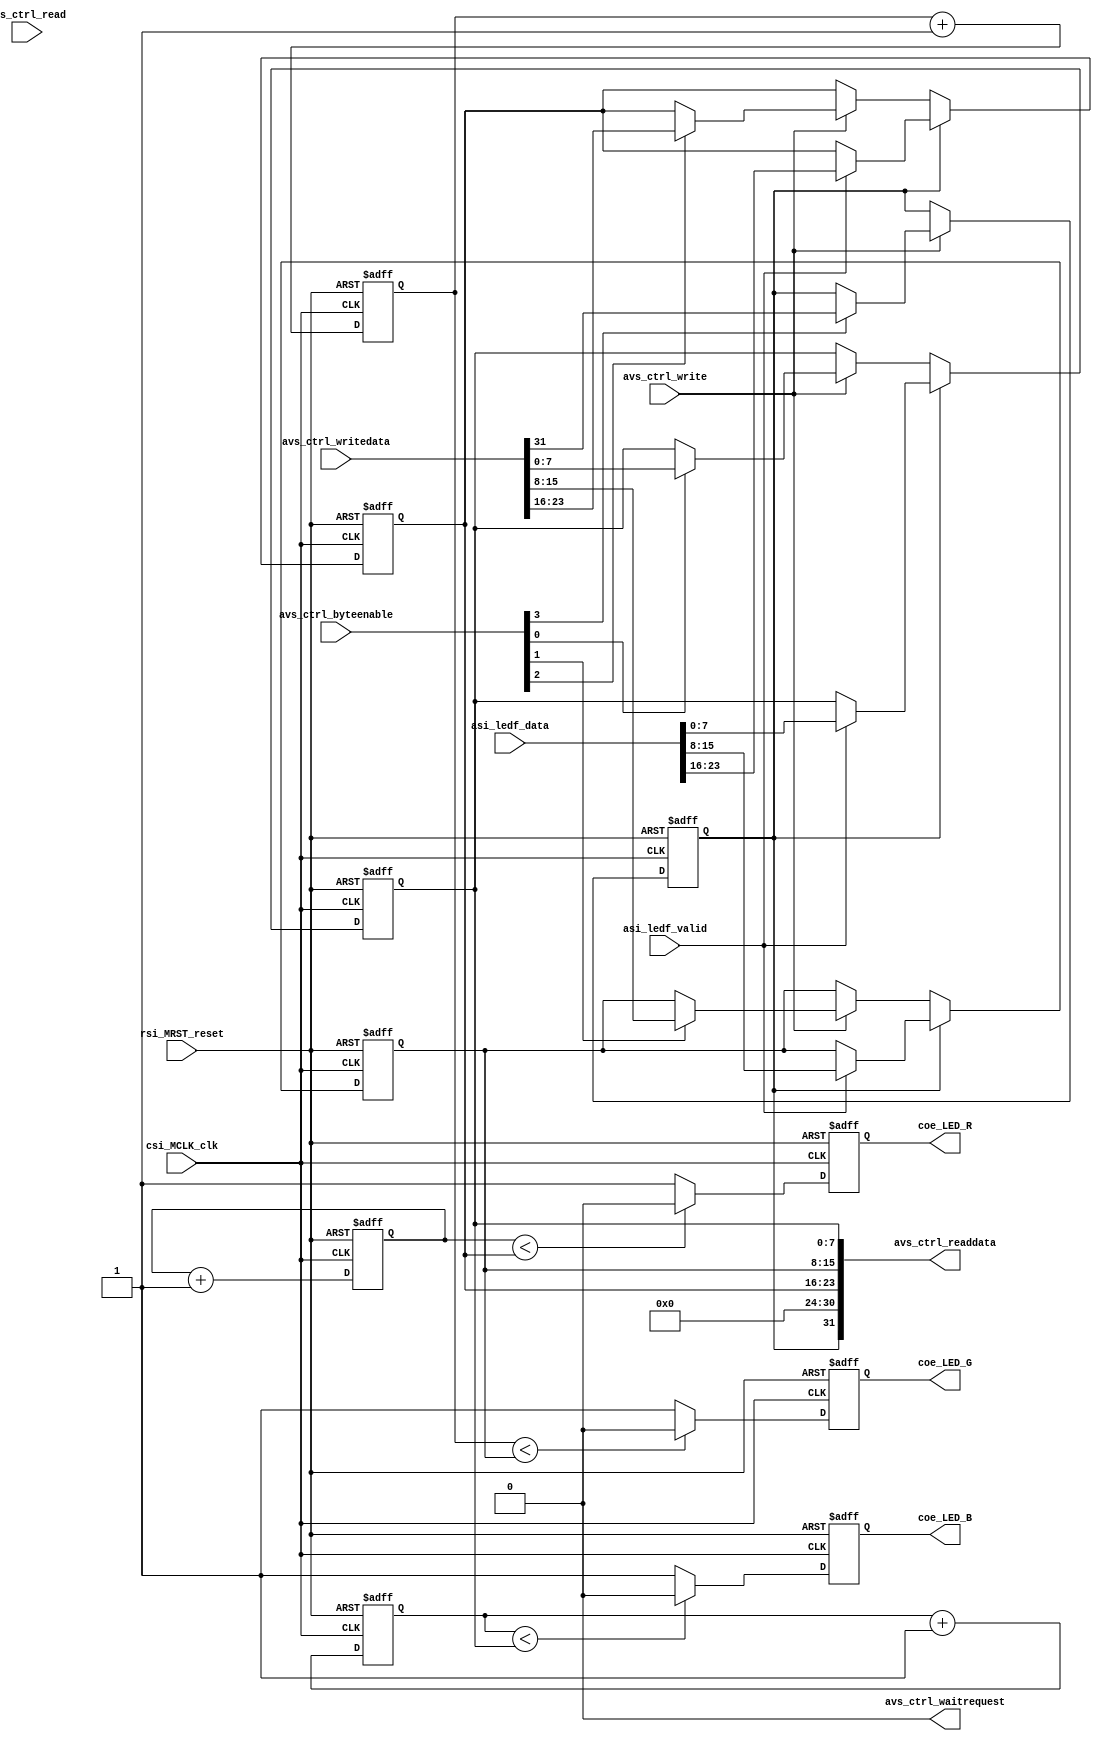
module basic_FuncLED(
//Avalon System control signal.
input					rsi_MRST_reset,	// reset_n from MCU GPIO
input					csi_MCLK_clk,

//Avalon-MM LED Control.
input		[31:0]	avs_ctrl_writedata,
output	[31:0]	avs_ctrl_readdata,
input		[3:0]		avs_ctrl_byteenable,
input					avs_ctrl_write,
input					avs_ctrl_read,
output				avs_ctrl_waitrequest,

//Avalon-ST LED Control.
input		[23:0]	asi_ledf_data,
input					asi_ledf_valid,

//LED pin-out.
output				coe_LED_R,
output				coe_LED_G,
output				coe_LED_B
);

assign	avs_ctrl_readdata = {led_asi_en, 7'b0, led_r_data, led_g_data, led_b_data};
assign	avs_ctrl_waitrequest = 1'b0;

reg		[7:0]		led_r_data, led_g_data, led_b_data;
reg		[7:0]		led_r_cnt, led_g_cnt, led_b_cnt;
reg					led_r, led_g, led_b;
reg					led_asi_en;

assign	coe_LED_R = led_r;
assign	coe_LED_G = led_g;
assign	coe_LED_B = led_b;

always@(posedge csi_MCLK_clk or posedge rsi_MRST_reset)
begin
	if(rsi_MRST_reset) begin
		led_r_data <= 0;
		led_g_data <= 0;
		led_b_data <= 0;
		led_asi_en <= 0;
	end
	else begin
		if(avs_ctrl_write) begin
			if(avs_ctrl_byteenable[3]) led_asi_en <= avs_ctrl_writedata[31];
		end
		if(led_asi_en) begin
			if(asi_ledf_valid) begin
				led_r_data <= asi_ledf_data[23:16];
				led_g_data <= asi_ledf_data[15:8];
				led_b_data <= asi_ledf_data[7:0];
			end
		end
		else if(avs_ctrl_write) begin
			if(avs_ctrl_byteenable[2]) led_r_data <= avs_ctrl_writedata[23:16];
			if(avs_ctrl_byteenable[1]) led_g_data <= avs_ctrl_writedata[15:8];
			if(avs_ctrl_byteenable[0]) led_b_data <= avs_ctrl_writedata[7:0];
		end
	end
end

always@(posedge csi_MCLK_clk or posedge rsi_MRST_reset)
begin
	if(rsi_MRST_reset) begin
		led_r_cnt <= 0;
		led_g_cnt <= 0;
		led_b_cnt <= 0;
		led_r <= 1'b1;
		led_g <= 1'b1;
		led_b <= 1'b1;
	end
	else begin
		led_r_cnt <= led_r_cnt + 1;
		led_g_cnt <= led_g_cnt + 1;
		led_b_cnt <= led_b_cnt + 1;
		if(led_r_cnt < led_r_data) led_r <= 1'b0; else led_r <= 1'b1;
		if(led_g_cnt < led_g_data) led_g <= 1'b0; else led_g <= 1'b1;
		if(led_b_cnt < led_b_data) led_b <= 1'b0; else led_b <= 1'b1;
	end
end

endmodule